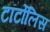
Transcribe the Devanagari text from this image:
टॉर्टोलिस